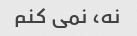
نه، نمی کنم